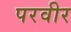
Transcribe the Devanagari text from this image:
परवीर